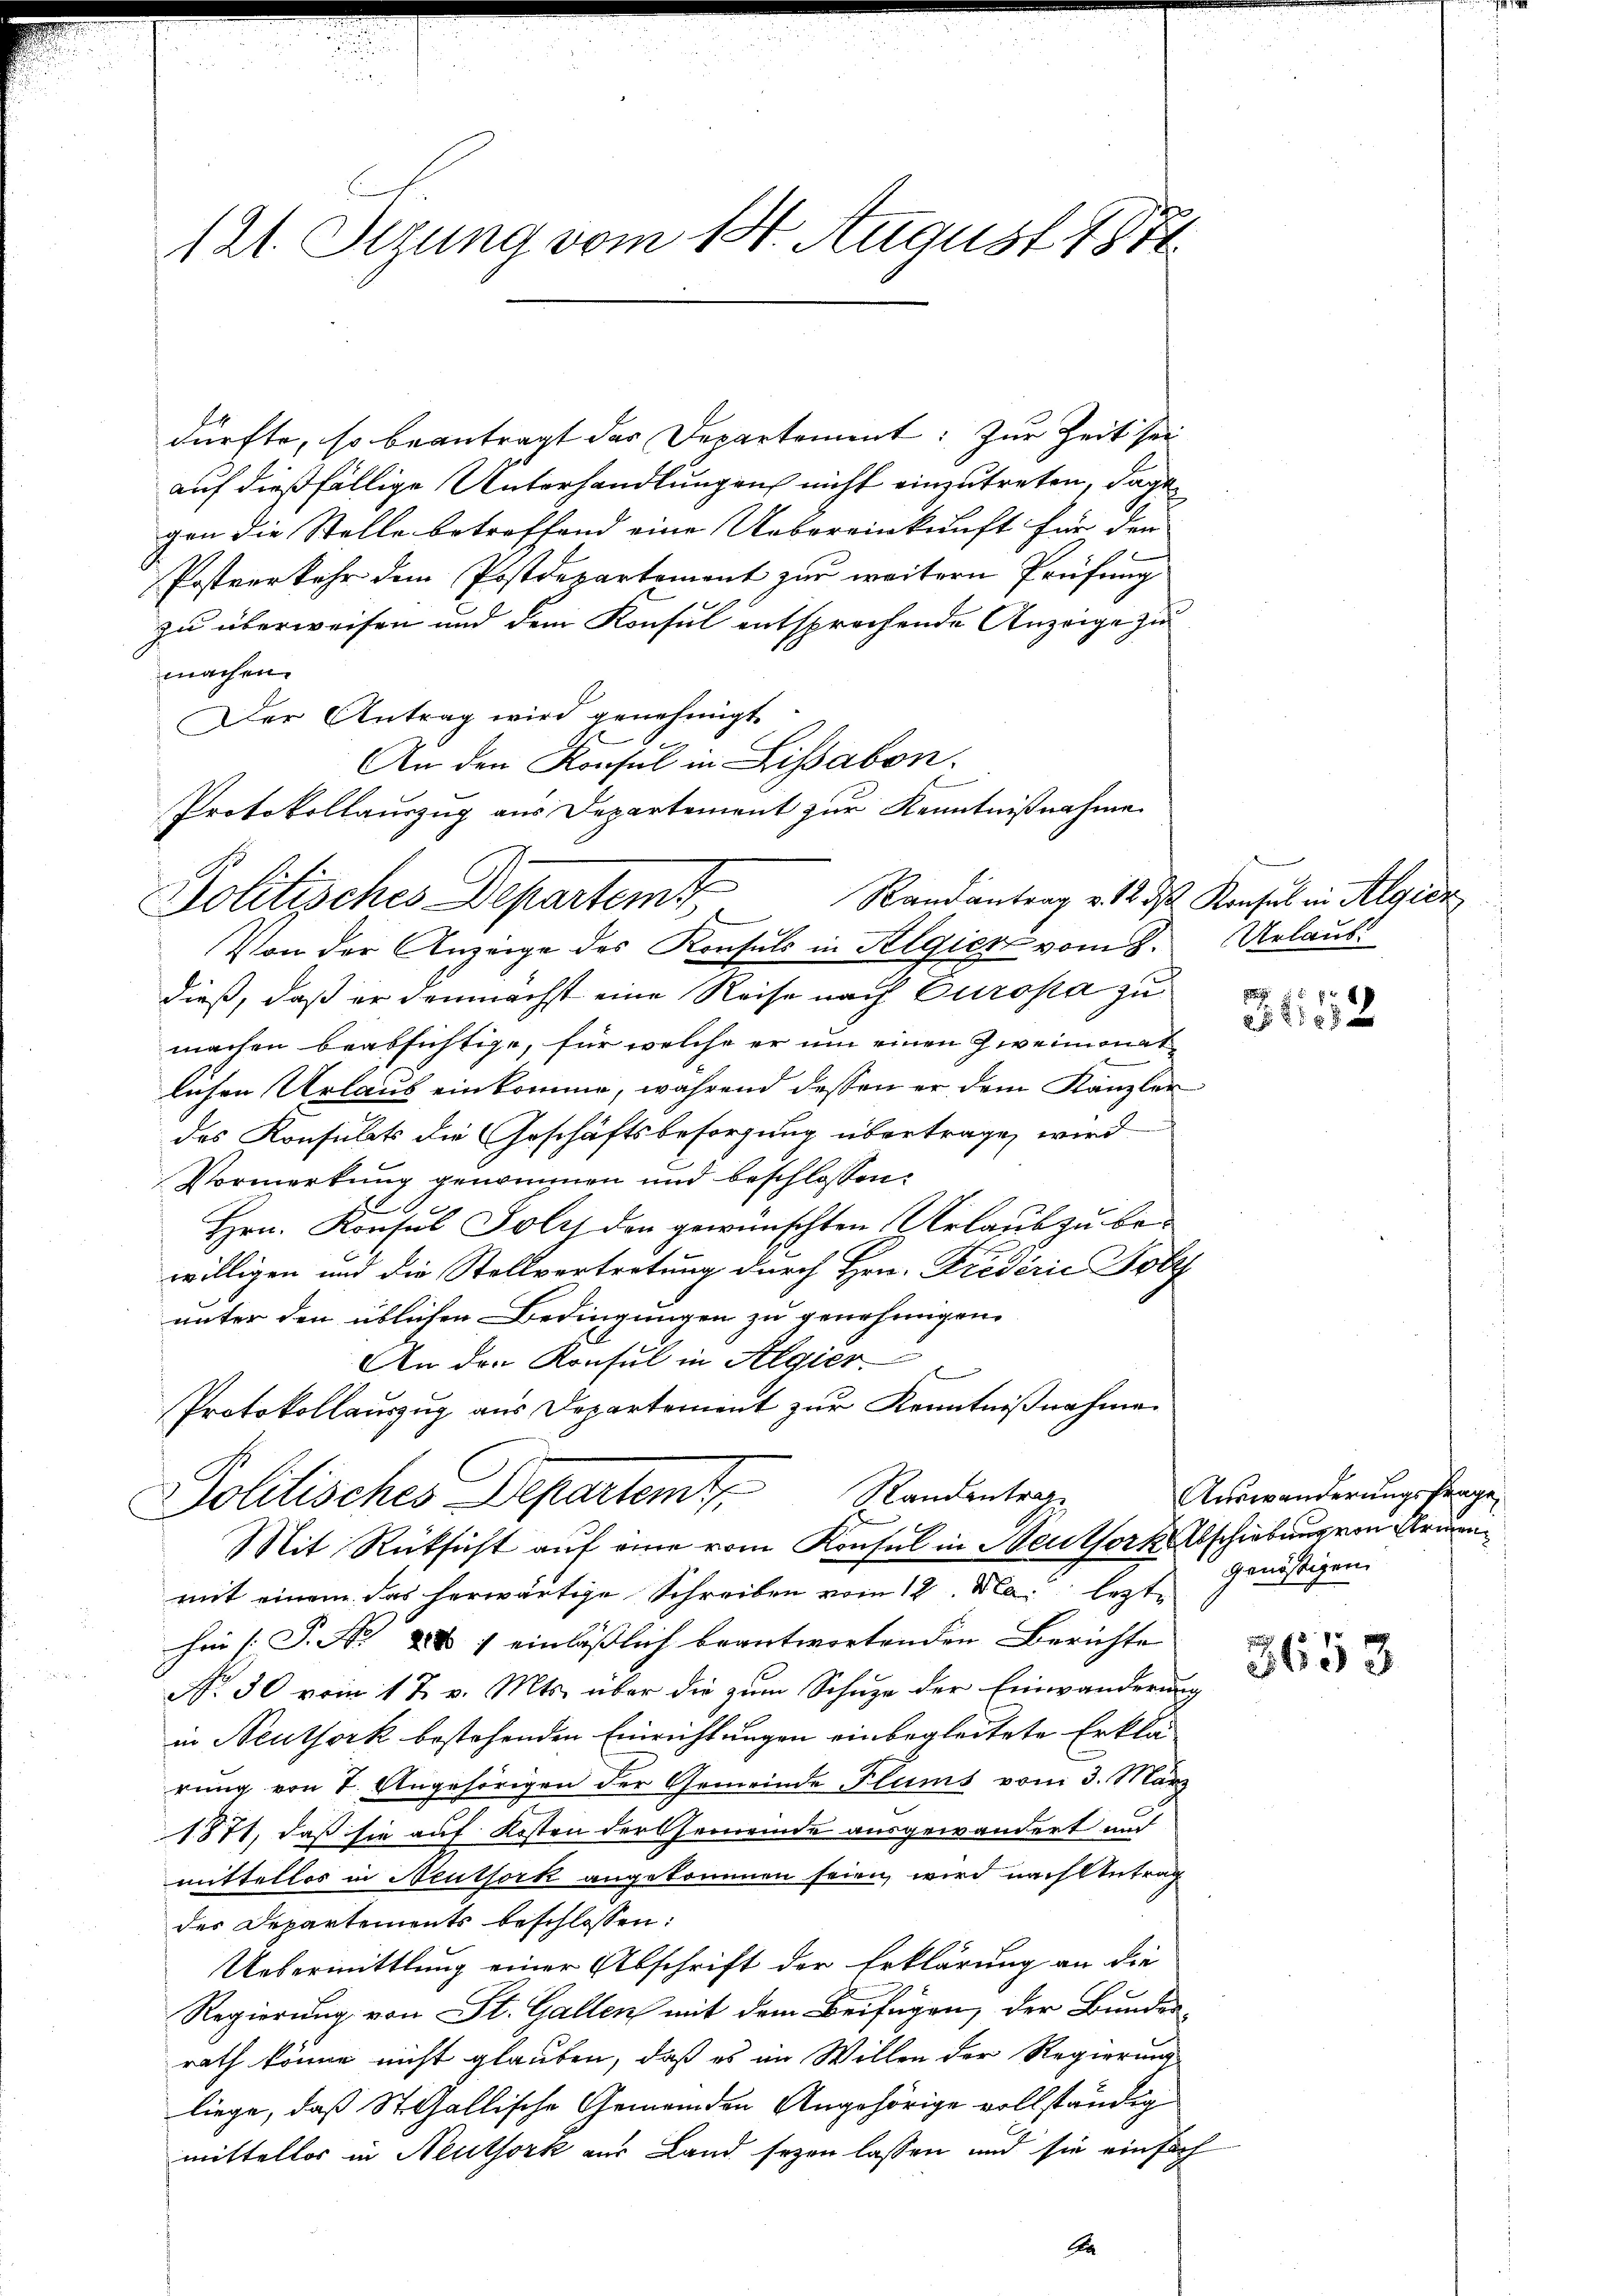
121. Tizung vom 14. August 1871.

dürfte, so beantragt das Departement: Zur Zeit sei
auf dießfällige Unterhandlungen nicht einzutreten, dage
gen die Stelle betreffend eine Uebereinkunft für den
Postverkehr dem Postdepartement zur weitern Prüfung
zu überweisen und dem Konsul entsprechende Anzeige zu
machen.
Der Antrag wird genehmigt.
An den Konsul in Lissabon.
Protokollauszug aus Departement zur Kenntnißnahme
Randantrag v. 12. 3. Konsul in Algier
Von der Anzeige des Konsuls in Algien vom 8. Urlaub
dieß, daß er demnächst eine Reise nach Europa zu
machen beabsichtige, für welche er um einen Zweimonat
lichen Urlaub einkomme, während dessen er dem Kanzler
des Konsulats die Geschäftsbesorgung übertrage, wird
Vormerkung genommen und beschlossen:
Hrn. Konsul Joly den gewünschten Urlaub zu bewilligen und die Stellvertretung durch Hrn. Fredérić Hoby
unter den üblichen Bedingungen zu genehmigen.
An den Konsul in Algier
Protokollauszug aus Departement zur Kenntnißnahme
Politisches Departemt. Randentrag
Mit Rücksicht auf eine vom Konsul in Neuthor Abschiebung von Armit einem das herwärtige Schreiben vom 12. Mai lezte
hin [P. Nr. 881 einlässlich beantwortenden Berichte |
No 50 vom 1 t v. Mts. über die zŭm Schŭze der Einwanderung
in Neuthork bestehenden Einrichtungen einbegleitete Erklärung von 7. Angehörigen der Gemeinde Flums vom 3. März
1871, daß sie auf Kosten der Gemeinde ausgewandert und
mittellos in Neuthork angekommen seien, wird nach Antrag
des Departements beschlossen:
Uebermittlung einer Abschrift der Erklärung an die
Regierung von St. Gallen mit dem Beifügen, der Bunden,
rath könne nicht glauben, daß es im Willen der Regierung
liege, daß St. Gallische Gemeinden Angehörige vollständig
mittellos in Neuthork aus Land seyen lassen und sie einsich
Aa

Politisches Departemt,

x
102

Auswanderungsfrag
genössigen

3653

2